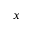
x